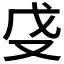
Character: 𫨵